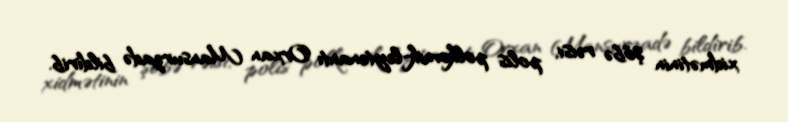
xidmətinin şöbə rəisi, polis polkovnik-leytenantı Orxan Mansurzadə bildirib.